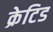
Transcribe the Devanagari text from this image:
क्रेटिड